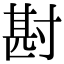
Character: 𭔶